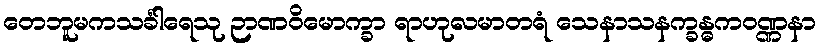
တေဘူမကသင်္ခါရေသု ဉာဏဝိမောက္ခာ ရာဟုလမာတရံ သေနာသနက္ခန္ဓကဝဏ္ဏနာ